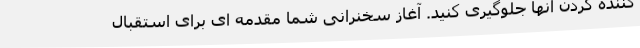
کننده کردن آنها جلوگیری کنید. آغاز سخنرانی شما مقدمه ای برای استقبال